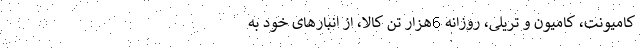
کامیونت، کامیون و تریلی، روزانه 6هزار تن کالا، از انبارهای خود به